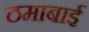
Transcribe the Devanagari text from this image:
ठमाबाई